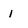
Character: 1